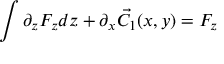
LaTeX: \int \partial _ { z } F _ { z } d z + \partial _ { x } { \vec { C _ { 1 } } } ( x , y ) = F _ { z }